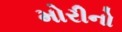
મોરીનો